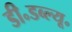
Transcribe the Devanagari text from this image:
डी॰डब्ल्यू॰